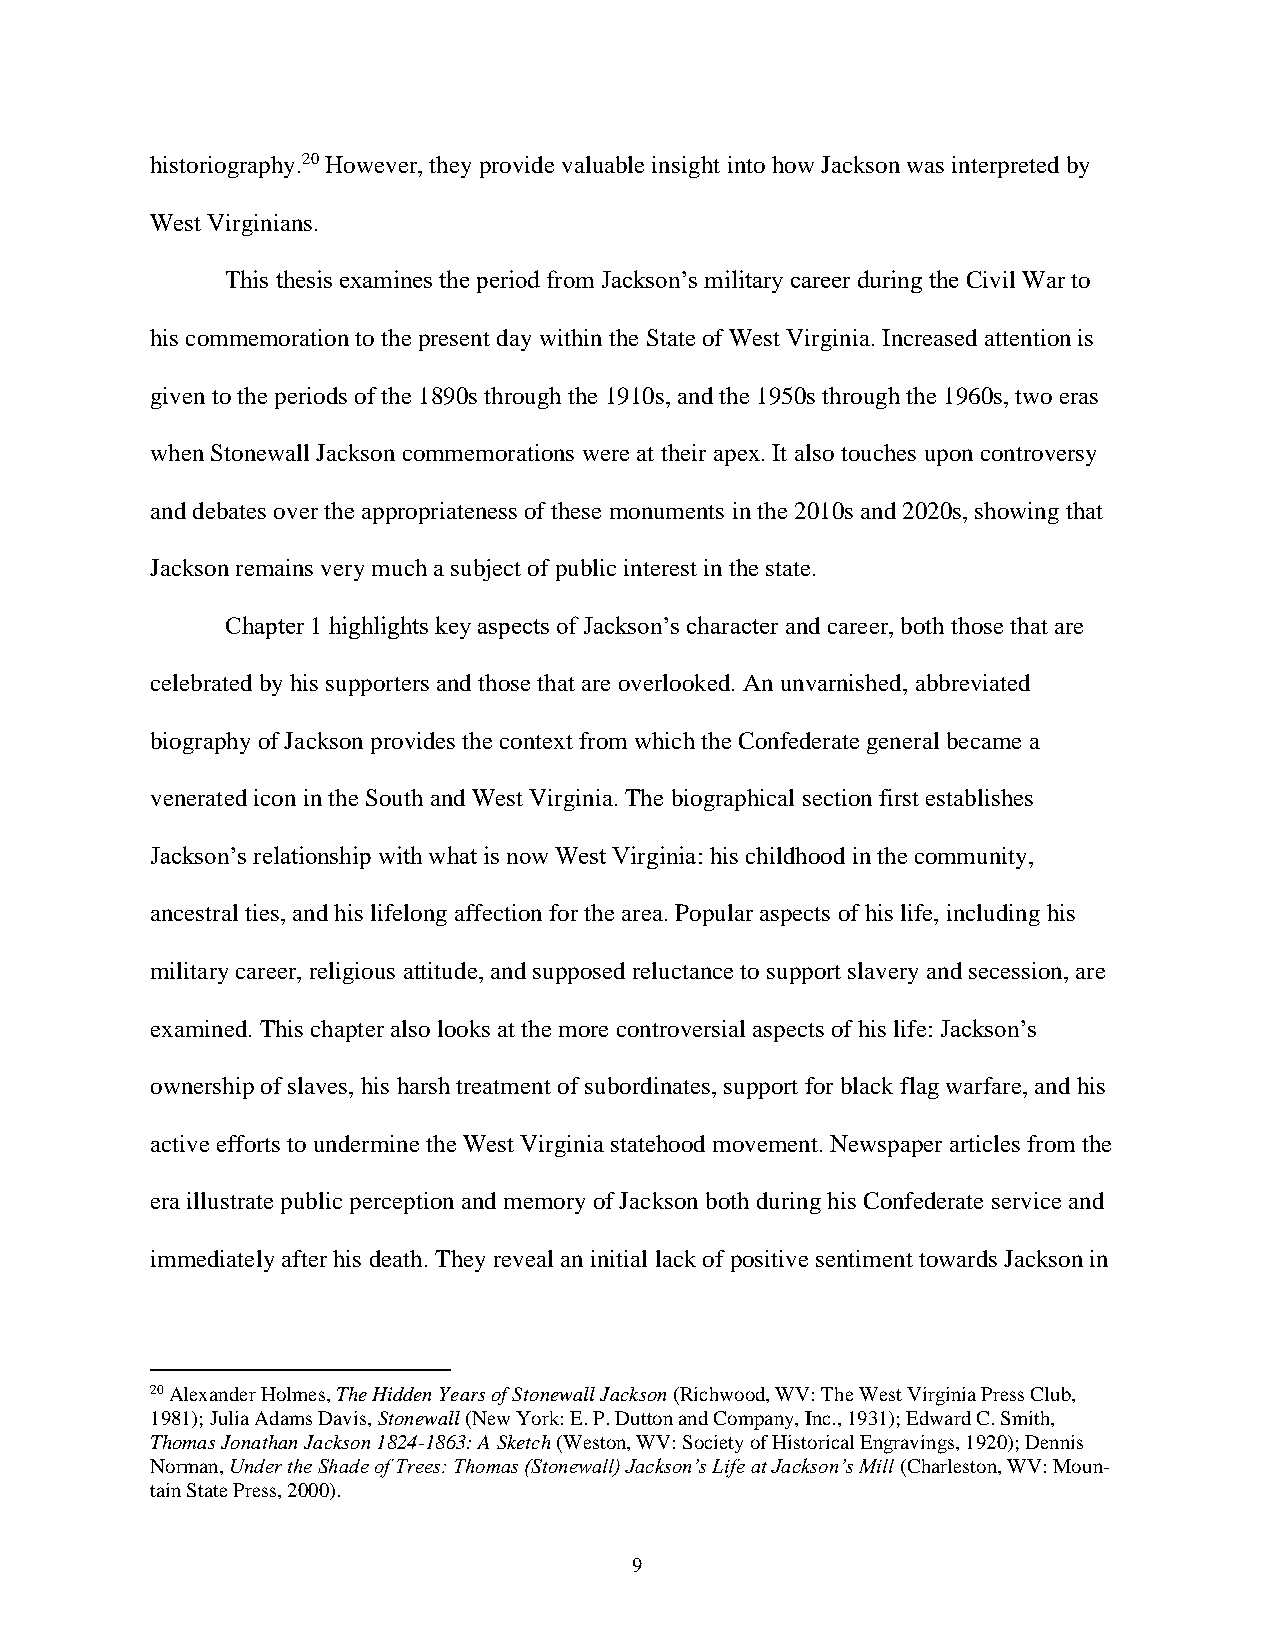
historiography.20 However, they provide valuable insight into how Jackson was interpreted by
 West Virginians.
 This thesis examines the period from Jackson’s military career during the Civil War to
 his commemoration to the present day within the State of West Virginia. Increased attention is
 given to the periods of the 1890s through the 1910s, and the 1950s through the 1960s, two eras
 when Stonewall Jackson commemorations were at their apex. It also touches upon controversy
 and debates over the appropriateness of these monuments in the 2010s and 2020s, showing that
 Jackson remains very much a subject of public interest in the state.
 Chapter 1 highlights key aspects of Jackson’s character and career, both those that are
 celebrated by his supporters and those that are overlooked. An unvarnished, abbreviated
 biography of Jackson provides the context from which the Confederate general became a
 venerated icon in the South and West Virginia. The biographical section first establishes
 Jackson’s relationship with what is now West Virginia: his childhood in the community,
 ancestral ties, and his lifelong affection for the area. Popular aspects of his life, including his
 military career, religious attitude, and supposed reluctance to support slavery and secession, are
 examined. This chapter also looks at the more controversial aspects of his life: Jackson’s
 ownership of slaves, his harsh treatment of subordinates, support for black flag warfare, and his
 active efforts to undermine the West Virginia statehood movement. Newspaper articles from the
 era illustrate public perception and memory of Jackson both during his Confederate service and
 immediately after his death. They reveal an initial lack of positive sentiment towards Jackson in
 20 Alexander Holmes, The Hidden Years of Stonewall Jackson (Richwood, WV: The West Virginia Press Club,
 1981); Julia Adams Davis, Stonewall (New York: E. P. Dutton and Company, Inc., 1931); Edward C. Smith,
 Thomas Jonathan Jackson 1824-1863: A Sketch (Weston, WV: Society of Historical Engravings, 1920); Dennis
 Norman, Under the Shade of Trees: Thomas (Stonewall) Jackson’s Life at Jackson’s Mill (Charleston, WV: Moun-
 tain State Press, 2000).
 9